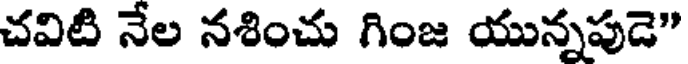
చవిటి నేల నశించు గింజ యున్నపుడె"